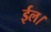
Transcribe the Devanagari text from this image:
ईल।